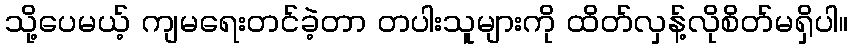
သို့ပေမယ့် ကျမရေးတင်ခဲ့တာ တပါးသူများကို ထိတ်လှန့်လိုစိတ်မရှိပါ။